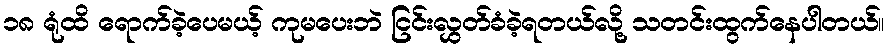
၁၈ ရုံထိ ရောက်ခဲ့ပေမယ့် ကုမပေးဘဲ ငြင်းလွှတ်ခံခဲ့ရတယ်လို့ သတင်းထွက်နေပါတယ်။